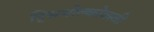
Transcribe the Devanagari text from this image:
ट्सियोल्कोवस्की